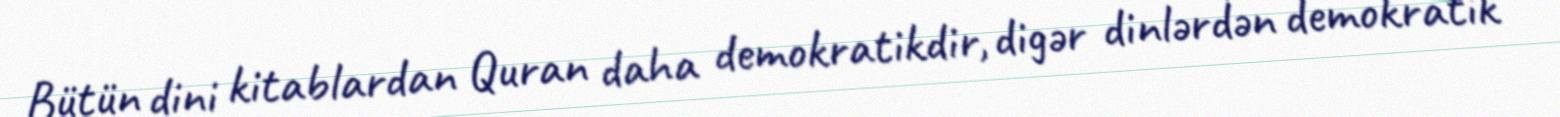
Bütün dini kitablardan Quran daha demokratikdir, digər dinlərdən demokratik